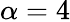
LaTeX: \alpha=4